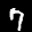
Label: 7